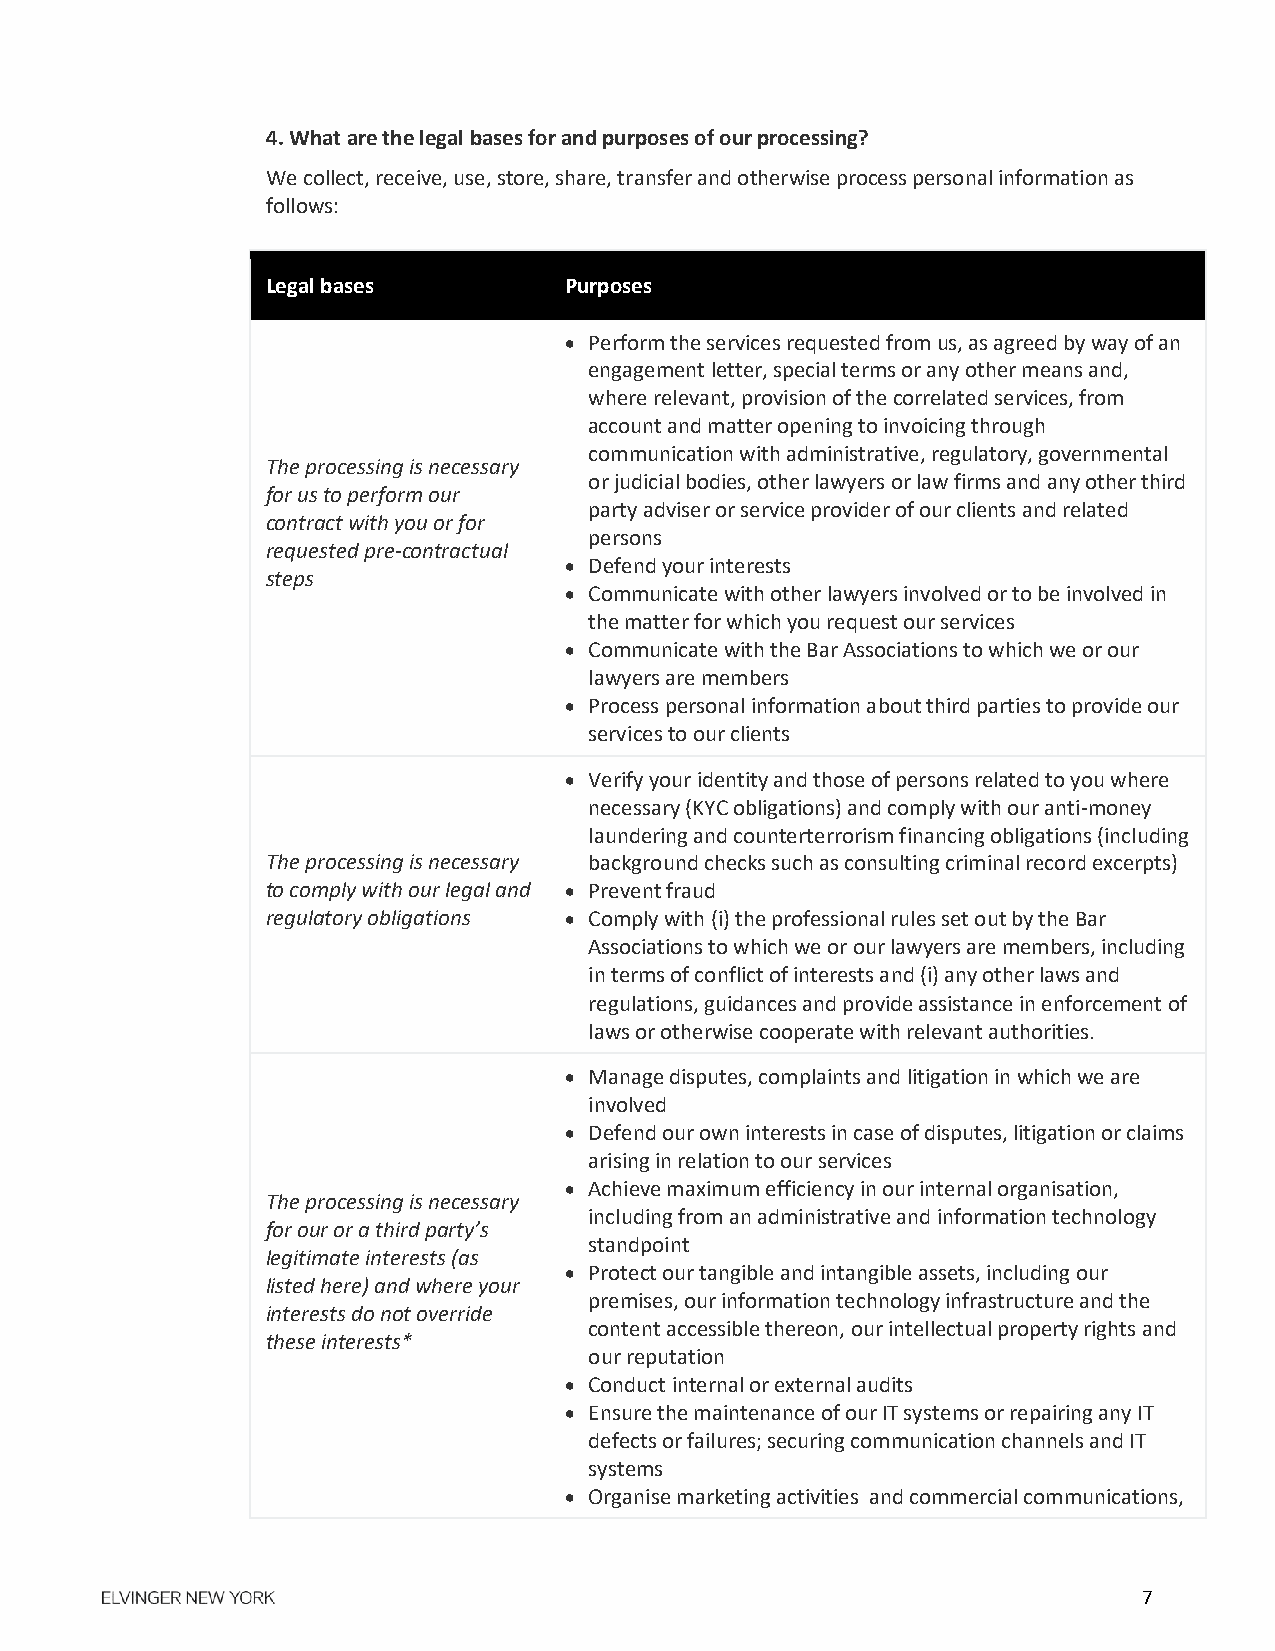
4. What are the legal bases for and purposes of our processing?
 We collect, receive, use, store, share, transfer and otherwise process personal information as
 follows:
 Legal bases        Purposes
  Perform the services requested from us, as agreed by way of an
 engagement letter, special terms or any other means and,
 where relevant, provision of the correlated services, from
 account and matter opening to invoicing through
 communication with administrative, regulatory, governmental
 The processing is necessary
 or judicial bodies, other lawyers or law firms and any other third
 for us to perform our
 party adviser or service provider of our clients and related
 contract with you or for
 persons
 requested pre-contractual
  Defend your interests
 steps
  Communicate with other lawyers involved or to be involved in
 the matter for which you request our services
  Communicate with the Bar Associations to which we or our
 lawyers are members
  Process personal information about third parties to provide our
 services to our clients
  Verify your identity and those of persons related to you where
 necessary (KYC obligations) and comply with our anti-money
 laundering and counterterrorism financing obligations (including
 The processing is necessary background checks such as consulting criminal record excerpts)
 to comply with our legal and  Prevent fraud
 regulatory obligations  Comply with (i) the professional rules set out by the Bar
 Associations to which we or our lawyers are members, including
 in terms of conflict of interests and (i) any other laws and
 regulations, guidances and provide assistance in enforcement of
 laws or otherwise cooperate with relevant authorities.
  Manage disputes, complaints and litigation in which we are
 involved
  Defend our own interests in case of disputes, litigation or claims
 arising in relation to our services
  Achieve maximum efficiency in our internal organisation,
 The processing is necessary
 including from an administrative and information technology
 for our or a third party’s
 standpoint
 legitimate interests (as
  Protect our tangible and intangible assets, including our
 listed here) and where your
 premises, our information technology infrastructure and the
 interests do not override
 content accessible thereon, our intellectual property rights and
 these interests*
 our reputation
  Conduct internal or external audits
  Ensure the maintenance of our IT systems or repairing any IT
 defects or failures; securing communication channels and IT
 systems
  Organise marketing activities and commercial communications,
 7